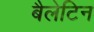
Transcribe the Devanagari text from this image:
बैलेटिन